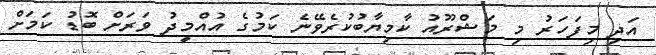
އަދި މިފަހަރު މި މަޝްރޫއު ކާމިޔާބުކުރެވޭނެ ކަމުގެ އުއްމީދު ވަރަށް ބޮޑު ކަމަށް